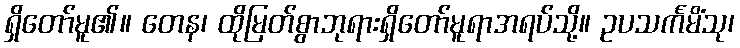
ရှိတော်မူ၏။ တေန၊ ထိုမြတ်စွာဘုရားရှိတော်မူရာအရပ်သို့။ ဥပသင်္ကမိံသု၊